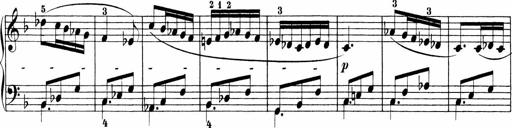
Title: Sonatinen Op.47, 98 und 136, nebst 6 Liedersonatinen
Composer: Carl Reinecke